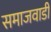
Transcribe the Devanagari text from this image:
समाजवाडी